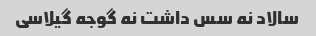
سالاد نه سس داشت نه گوجه گیلاسی